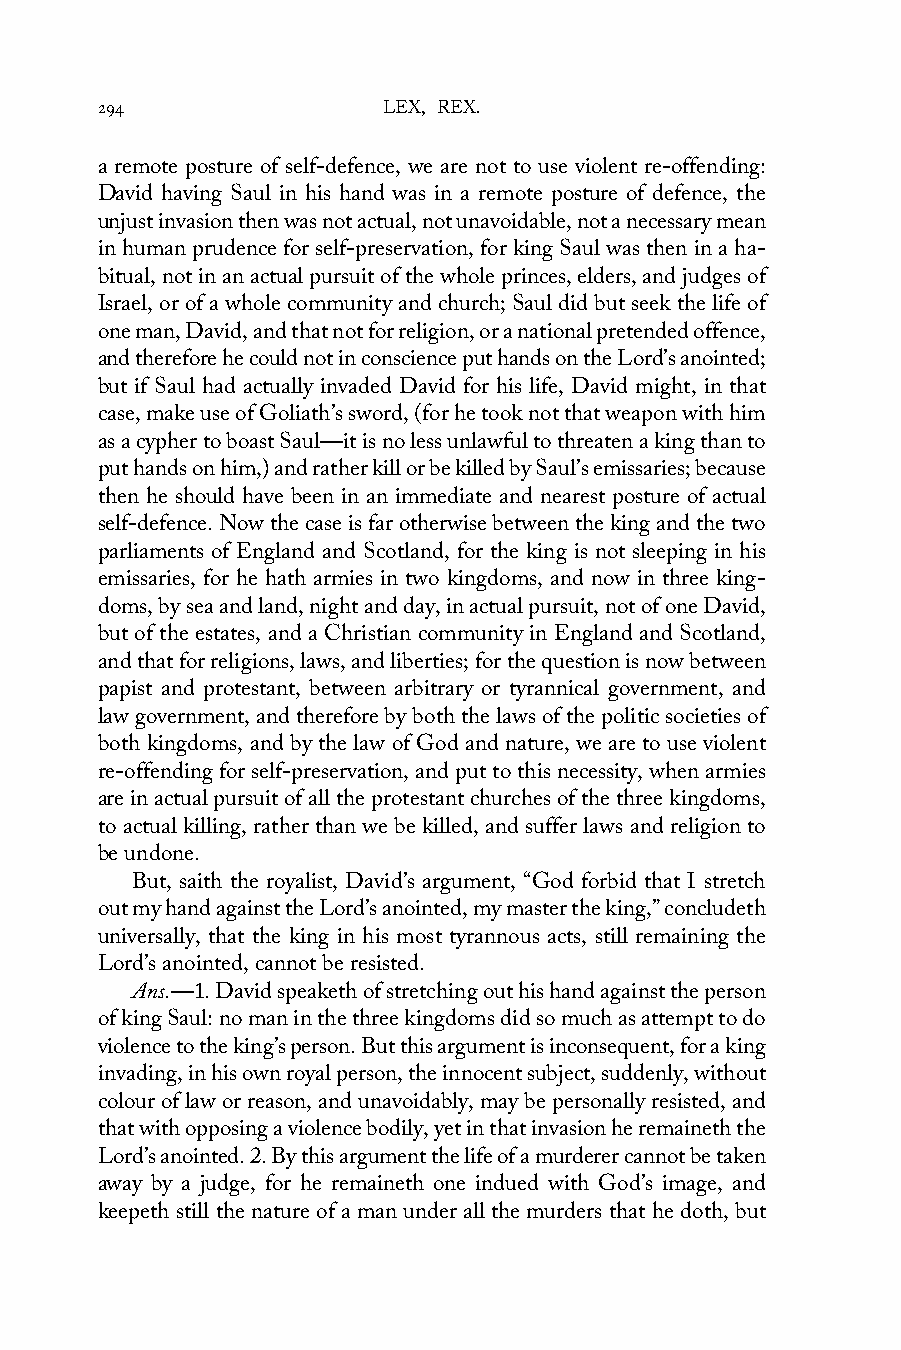
294                LEX, REX.
 a remote posture of self-defence, we are not to use violent re-offending:
 David having Saul in his hand was in a remote posture of defence, the
 unjust invasion then was not actual, not unavoidable, not a necessary mean
 in human prudence for self-preservation, for king Saul was then in a ha-
 bitual, not in an actual pursuit of the whole princes, elders, and judges of
 Israel, or of a whole community and church; Saul did but seek the life of
 one man, David, and that not for religion, or a national pretended offence,
 and therefore he could not in conscience put hands on the Lord’s anointed;
 but if Saul had actually invaded David for his life, David might, in that
 case, make use of Goliath’s sword, (for he took not that weapon with him
 as a cypher to boast Saul—it is no less unlawful to threaten a king than to
 put hands on him,) and rather kill or be killed by Saul’s emissaries; because
 then he should have been in an immediate and nearest posture of actual
 self-defence. Now the case is far otherwise between the king and the two
 parliaments of England and Scotland, for the king is not sleeping in his
 emissaries, for he hath armies in two kingdoms, and now in three king-
 doms, by sea and land, night and day, in actual pursuit, not of one David,
 but of the estates, and a Christian community in England and Scotland,
 and that for religions, laws, and liberties; for the question is now between
 papist and protestant, between arbitrary or tyrannical government, and
 law government, and therefore by both the laws of the politic societies of
 both kingdoms, and by the law of God and nature, we are to use violent
 re-offending for self-preservation, and put to this necessity, when armies
 are in actual pursuit of all the protestant churches of the three kingdoms,
 to actual killing, rather than we be killed, and suffer laws and religion to
 be undone.
 But, saith the royalist, David’s argument, “God forbid that I stretch
 out my hand against the Lord’s anointed, my master the king,” concludeth
 universally, that the king in his most tyrannous acts, still remaining the
 Lord’s anointed, cannot be resisted.
 Ans.—1. David speaketh of stretching out his hand against the person
 of king Saul: no man in the three kingdoms did so much as attempt to do
 violence to the king’s person. But this argument is inconsequent, for a king
 invading, in his own royal person, the innocent subject, suddenly, without
 colour of law or reason, and unavoidably, may be personally resisted, and
 that with opposing a violence bodily, yet in that invasion he remaineth the
 Lord’s anointed. 2. By this argument the life of a murderer cannot be taken
 away by a judge, for he remaineth one indued with God’s image, and
 keepeth still the nature of a man under all the murders that he doth, but